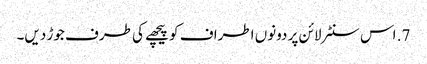
7. اس سنٹر لائن پر دونوں اطراف کو پیچھے کی طرف جوڑ دیں۔